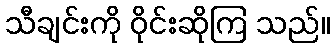
သီချင်းကို ဝိုင်းဆိုကြ သည်။